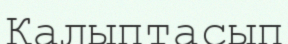
Қалыптасып